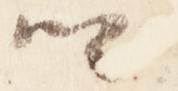
卿